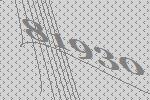
81930